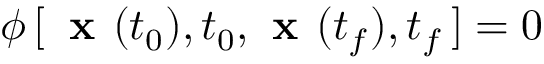
{ \boldsymbol { \phi } } \, [ \, { \textbf { x } } ( t _ { 0 } ) , t _ { 0 } , { \textbf { x } } ( t _ { f } ) , t _ { f } \, ] = 0